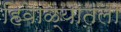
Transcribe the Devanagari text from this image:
हिवाळ्यातला